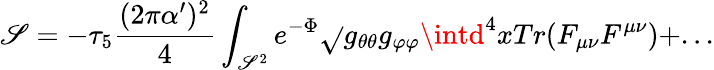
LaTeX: \mathscr{S}=-\tau_{5}{\frac{{(2\pi\alpha^{\prime})^{2}}}{{4}}}\int_{\mathscr{S}^{2}}e^{-\Phi}\sqrt{}{{g_{\theta\theta}g_{\varphi\varphi}}}\intd^{4}xTr(F_{\mu\nu}F^{\mu\nu})+...